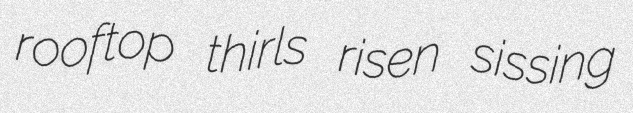
rooftop thirls risen sissing